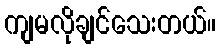
ကျမလိုချင်သေးတယ်။